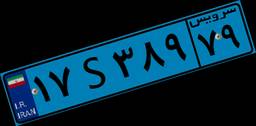
۱۷S۳۸۹۷۹